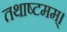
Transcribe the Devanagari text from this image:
तथाष्टमम्।